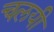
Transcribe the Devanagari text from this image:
चलयी